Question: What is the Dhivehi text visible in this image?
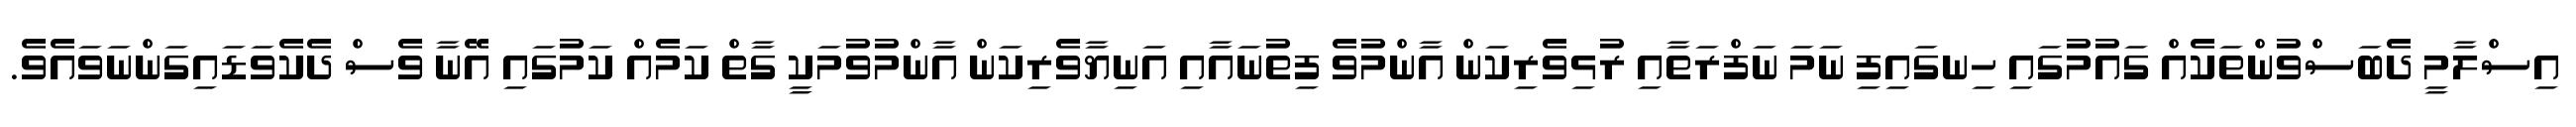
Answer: އިސްލާމީ ދެބަސްވުންތަކެއް ގައުމުގައި ހިނގައިފި ނަމަ ނަފްރަތާއި ރުޅިވެރިކަން އާންމުވެ ފިތުނައާއި އަނިޔާވެރިކަން އާންމުވުމަކީ ގާތް ކަމެއް ކަމުގައި އޭނާ ވެސް ދެކެވަޑައިގަންނަވައެވެ.